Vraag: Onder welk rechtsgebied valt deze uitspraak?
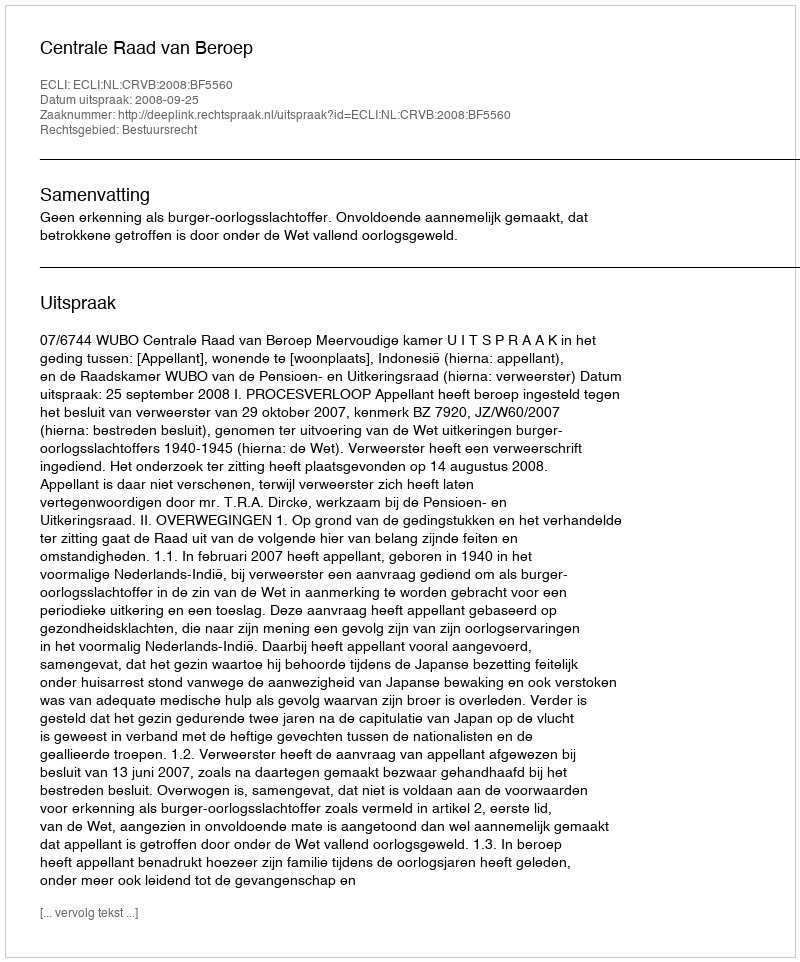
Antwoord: Bestuursrecht